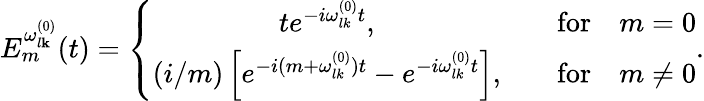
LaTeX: E_{m}^{\omega_{l\mathbf{k}}^{(0)}}(t)=\left\{ \begin{array}{cc}{{te^{-i\omega_{lk}^{(0)}t},}}&{{\quad\mathrm{for}\quad m=0}}\\ {{(i/m)\left[e^{-i(m+\omega_{lk}^{(0)})t}-e^{-i\omega_{lk}^{(0)}t}\right],}}&{{\quad\mathrm{for}\quad m\neq 0}}\end{array}\right..